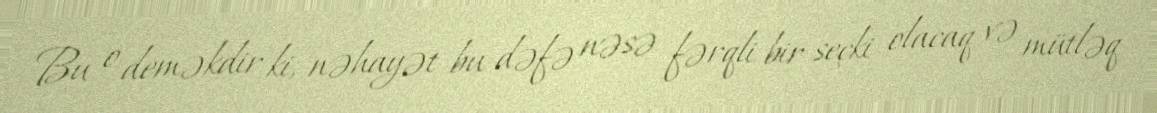
Bu o deməkdir ki, nəhayət bu dəfə nəsə fərqli bir seçki olacaq və mütləq